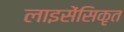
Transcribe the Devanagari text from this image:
लाइसेंसिकृत